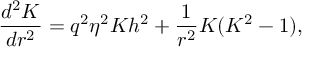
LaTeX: { \frac { d ^ { 2 } K } { d r ^ { 2 } } } = q ^ { 2 } \eta ^ { 2 } K h ^ { 2 } + { \frac { 1 } { r ^ { 2 } } } K ( K ^ { 2 } - 1 ) ,